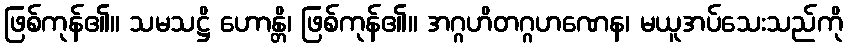
ဖြစ်ကုန်၏။ သမသဋ္ဌိ ဟောန္တိ၊ ဖြစ်ကုန်၏။ အဂ္ဂဟိတဂ္ဂဟဏေန၊ မယူအပ်သေးသည်ကို